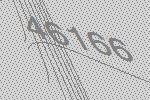
46166